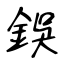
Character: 鋘